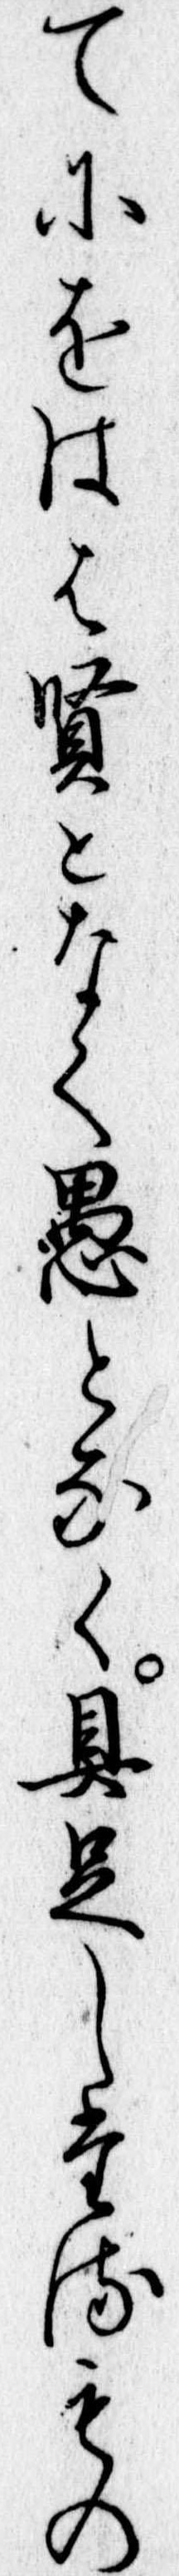
てにをはは賢となく愚となく具足したるもの